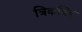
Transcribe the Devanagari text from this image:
त्रिकबिंदु